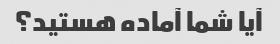
آیا شما آماده هستید؟